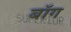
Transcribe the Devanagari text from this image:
बॉग